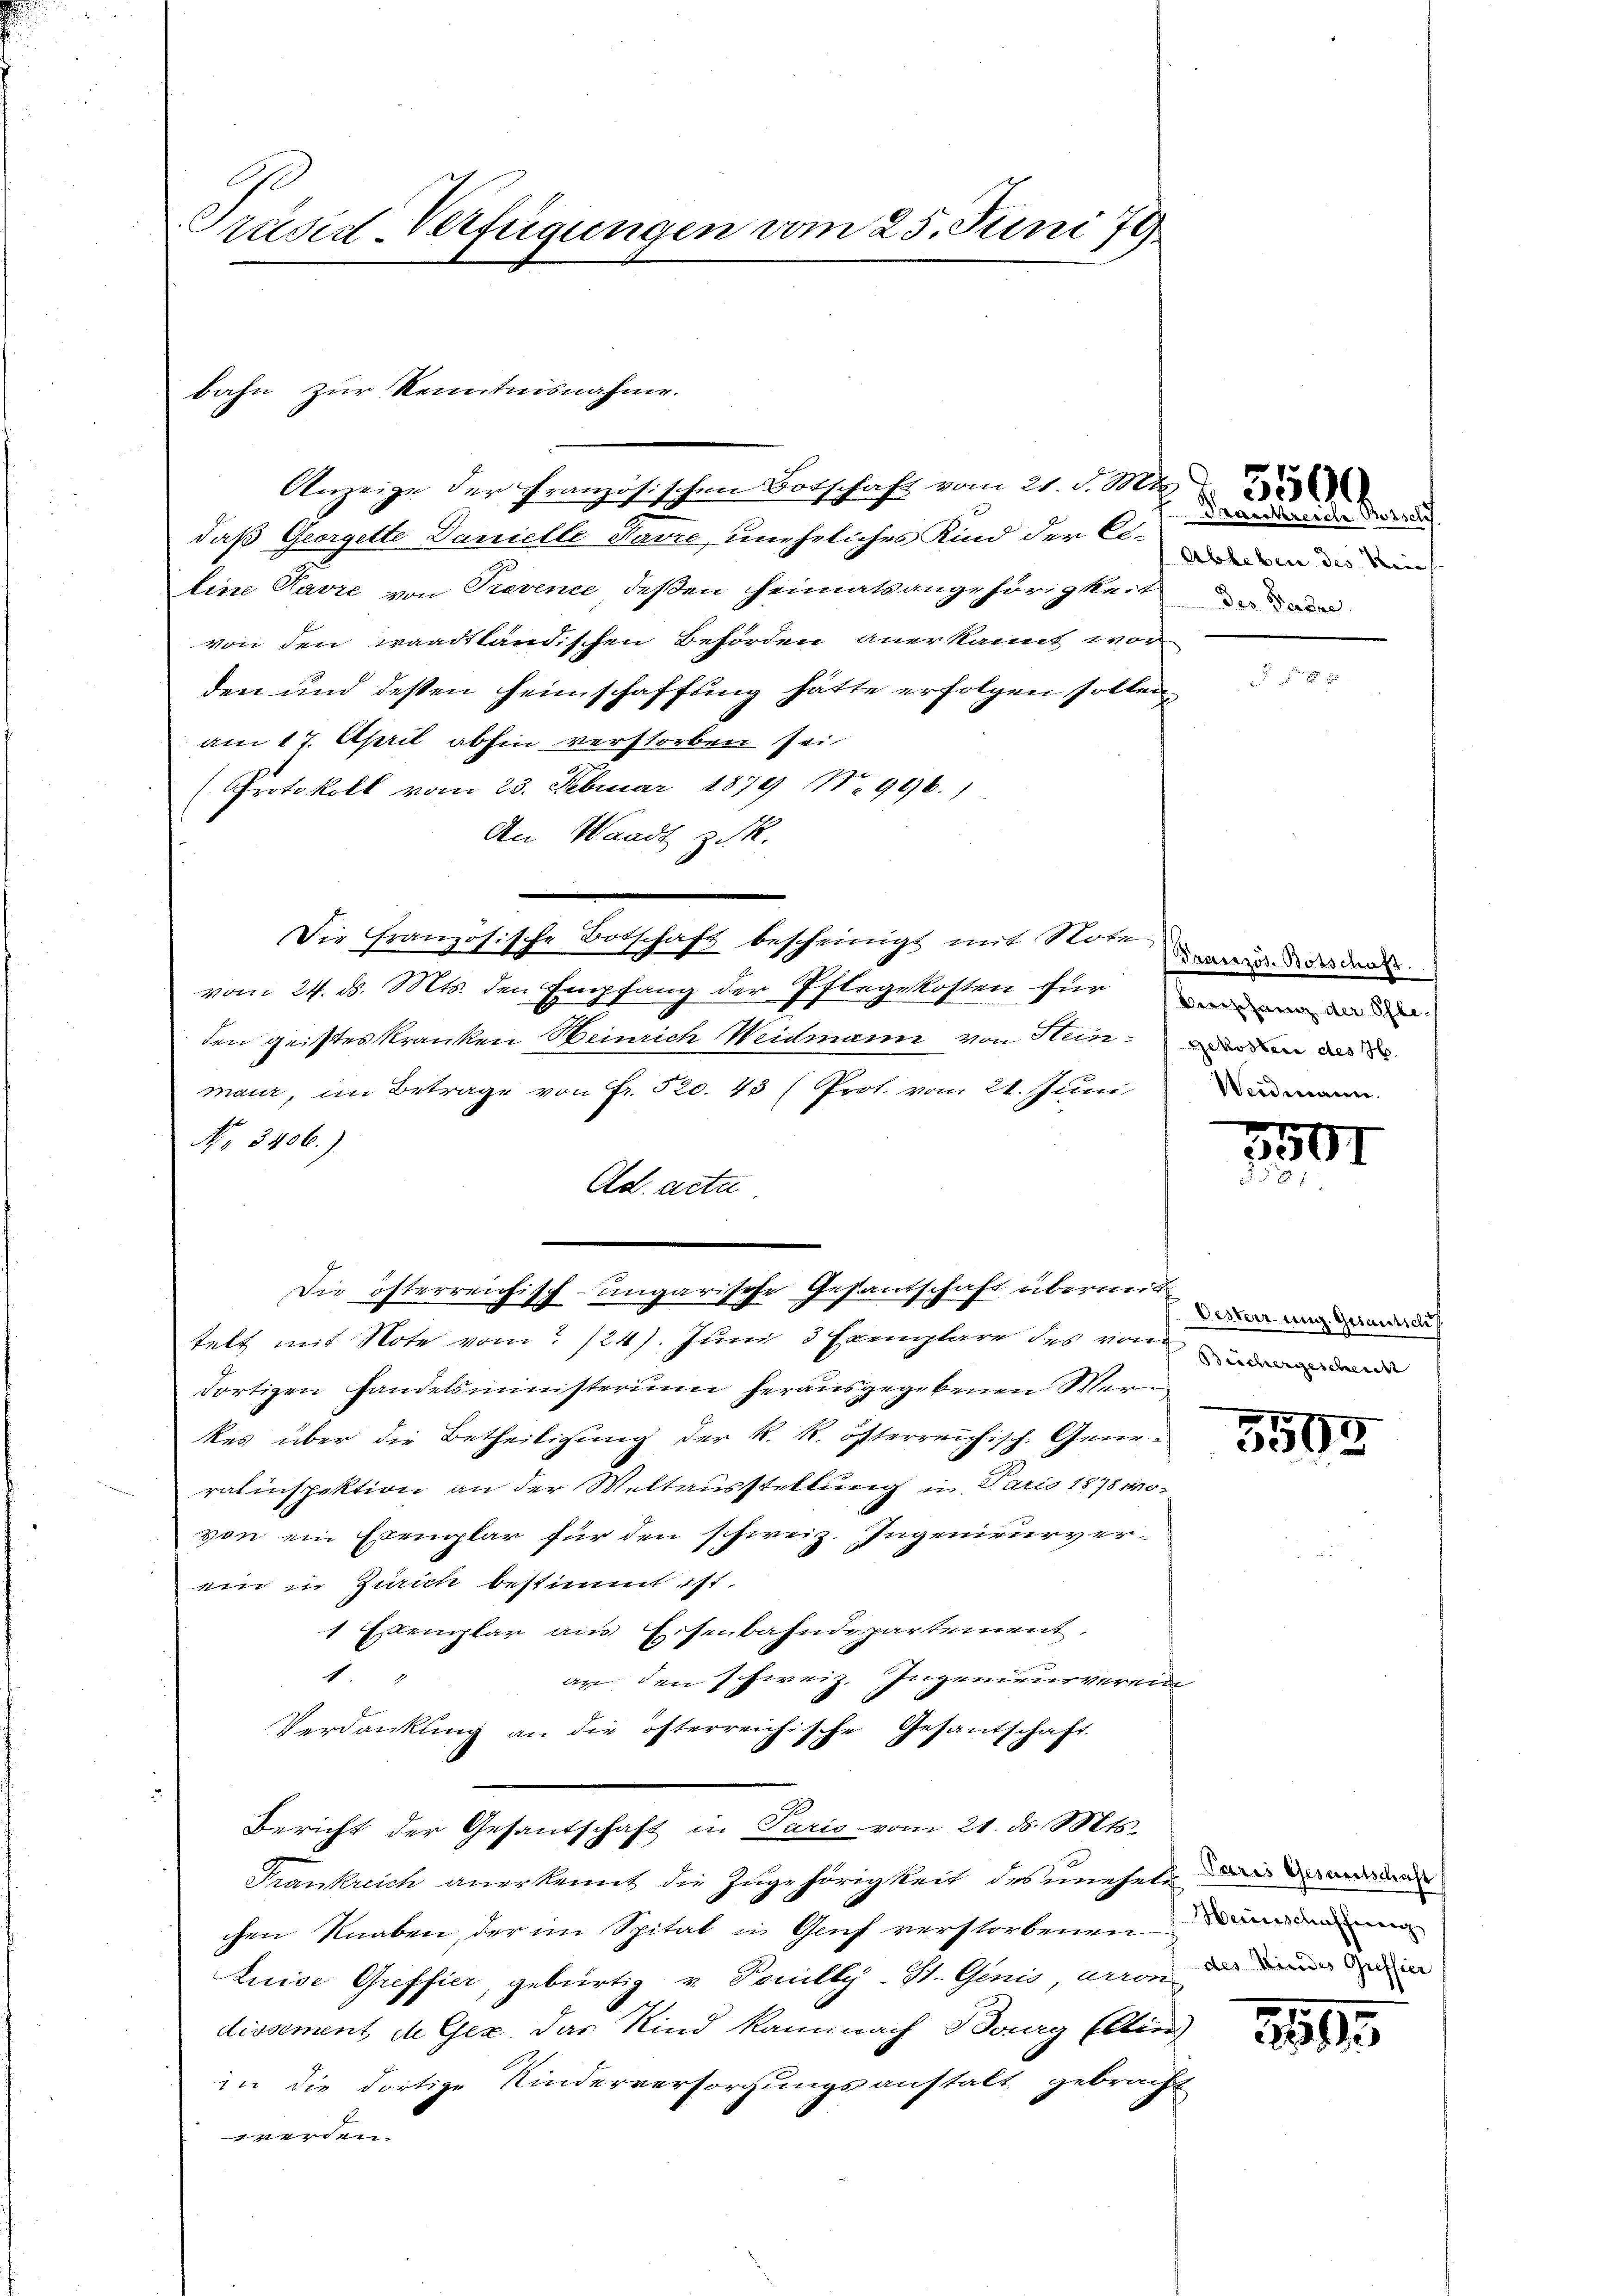
Präsid-Verfügungen vom 25. Juni 79

bahn zur Kenntnisnahme.

Anzeige der Französischen Botschaft vom 21. d. Mts.
daß Georgette Danielle Favre, uneheliches Kind der Ciline Pavre von Prevence deßen Heimatsangehörigkeit der
von den waadtländischen Behörden anerkannt wor
den und dessen Heimschaffung hätte erfolgen sollen,
am 17. April abhin verstorben sei
(Protokoll vom 23. Februar 1879 No 996.)
An Waadt zuk.
vom 24. d. Mts. den Empfang der Pflegekosten für den der der
den geistes Kranken Beinrich Weidmann von Hein
maur, im Betrage von Fr. 520. 43 (Prot. vom 21. Juni
N. " 3406.)
Ad. acta
Die österreichisch-ungarische Gesantschaft übermit
telt mit Note vom 124. Juni 3 Exemplare des von de
dortigen Handelsministerium herausgegebenen Werkes über die Betheiligung der k. k. österreichisch. Gene
ratinspektion an der Weltausstellung in Paris 1878 wo-
von ein Exemplar für den schweiz. Ingenieurverein in Zürich bestimmt ist.
1 Exemplar aus Eisenbahndepartement.
4
ar den schweiz. Ingenieurverein
Verdankŭng an die österreichische Gesandschaft
Bericht der Gesantschaft in Paris vom 21. ds. Mts.
Frankreich anerkennt die Zugehörigkeit des uneheli in deman
chen Knaben, der im Spital u. Genf verstorbenen
Luise Greffier, gebürtig u. Pouilly-St. Genis, Arrond in de
dissement die Gex, das Kind kann nach Bourg Ellier
in die dortige Kinderversorgungsanstalt gebracht
werden.

Die Französische Botschaft bescheinigt mit Noten und der da

Pneckreiche Botsch
Ableben des Nie

f
1341

Oesterrung. Gesamtsch

3503

Heinschaffung

2199